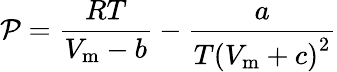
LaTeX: \mathcal{P}={\frac{{RT}}{{V_{\mathrm{{m}}}-b}}}-{\frac{{a}}{{T\left(V_{\mathrm{{m}}}+c\right)^{2}}}}